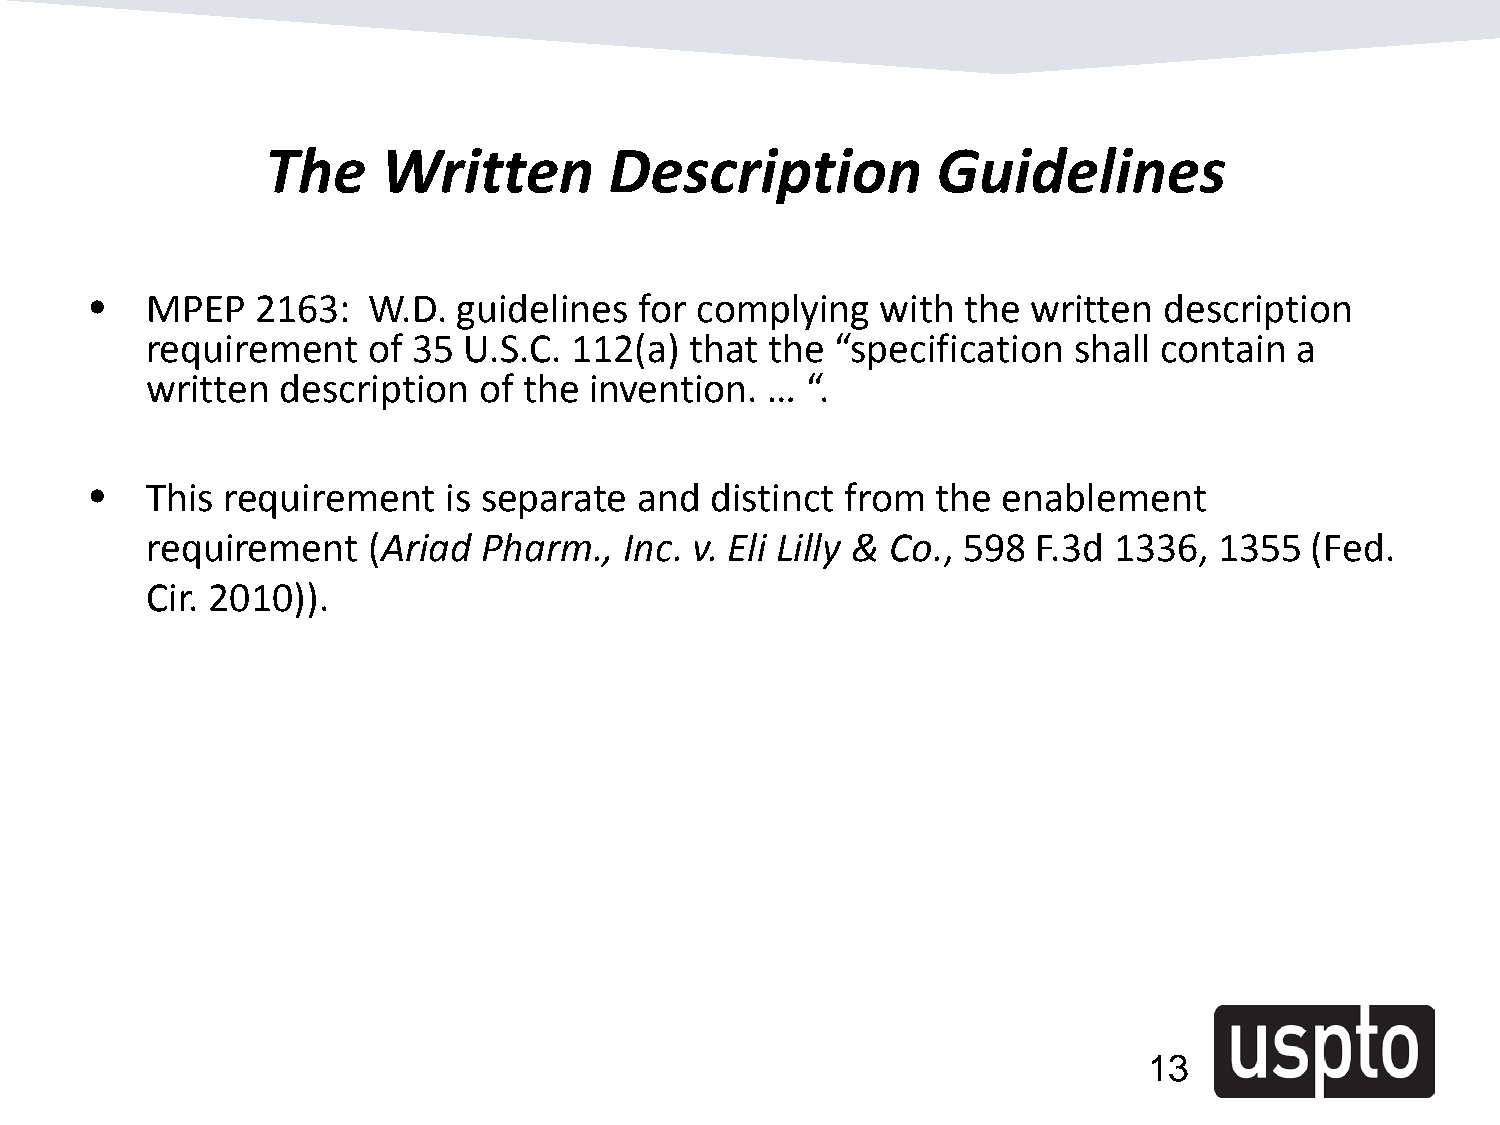
The    Written        Description           Guidelines
 •   MPEP   2163:  W.D.  guidelines  for complying   with  the written  description
 requirement   of 35  U.S.C. 112(a)  that the “specification  shall contain  a
 written description   of the invention.  … “.
 •   This requirement    is separate and  distinct from  the enablement
 requirement   (Ariad  Pharm.,  Inc. v. Eli Lilly & Co., 598 F.3d 1336, 1355  (Fed.
 Cir. 2010)).
 13
 13